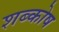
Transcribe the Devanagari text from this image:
शब्कोष